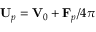
\mathbf { U } _ { p } = \mathbf { V } _ { 0 } + \mathbf { F } _ { p } / 4 \pi